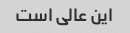
این عالی است